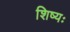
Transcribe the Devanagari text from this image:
शिष्यः